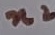
Text: n2